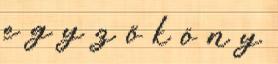
e g y z ő k ö n y